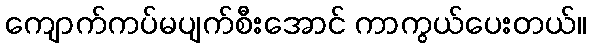
ကျောက်ကပ်မပျက်စီးအောင် ကာကွယ်ပေးတယ်။